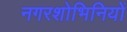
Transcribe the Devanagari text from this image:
नगरशोभिनियों